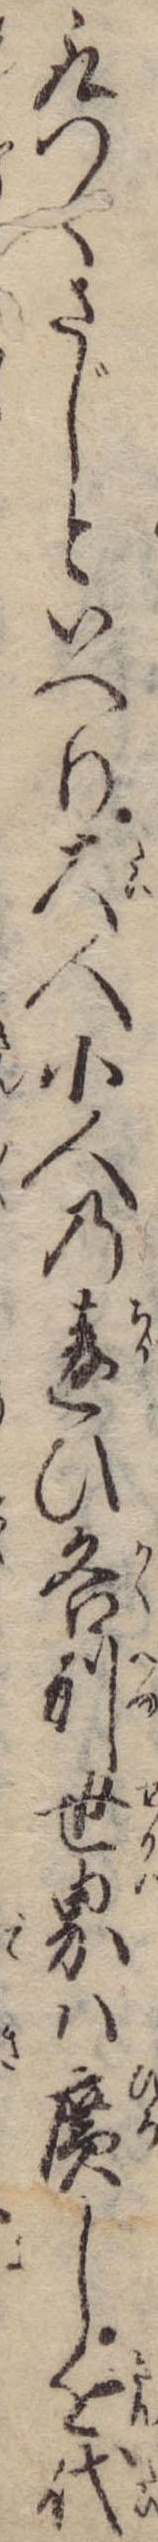
取つくさじといへり大人小人の違ひ各別世界は広し近代